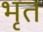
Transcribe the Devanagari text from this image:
भृत